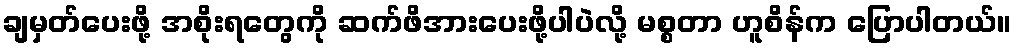
ချမှတ်ပေးဖို့ အစိုးရတွေကို ဆက်ဖိအားပေးဖို့ပါပဲလို့ မစ္စတာ ဟူစိန်က ပြောပါတယ်။